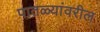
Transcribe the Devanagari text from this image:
पातळ्यांवरील